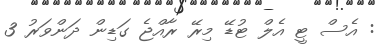
: އެސް ޓީ އެލް ޓުޑޭ މިރޭ ރާއްޖެ ގަޑިން ދަންވަރު 3